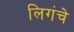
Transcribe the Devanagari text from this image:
लिगंचे